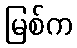
မြစ်က